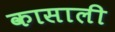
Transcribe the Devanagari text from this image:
कासाली